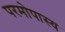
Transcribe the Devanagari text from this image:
परमोपास्य